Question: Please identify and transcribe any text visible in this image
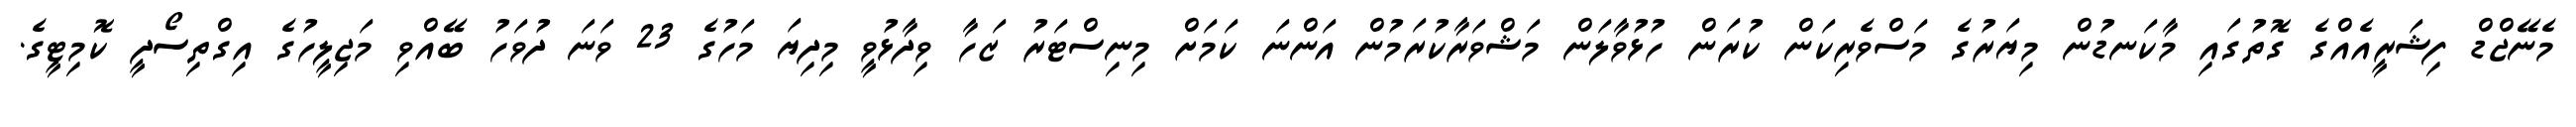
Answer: މެނޭޖްޑް ފިޝަރީއެއްގެ ގޮތުގައި މާކަނޑުން މިޔަރުގެ މަސްވެރިކަން ކުރަން ހުޅުވާލަން މަޝްވަރާކުރަމުން އަންނަ ކަމަށް މިނިސްޓަރު ޒަހާ ވިދާޅުވީ މިދިޔަ މަހުގެ 23 ވަނަ ދުވަހު ބޭއްވި މަޖިލީހުގެ އިގްތިސޯދީ ކޮމިޓީގެ.